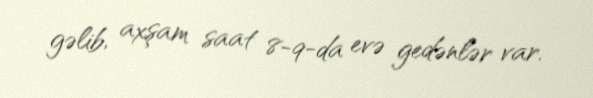
gəlib, axşam saat 8-9-da evə gedənlər var.